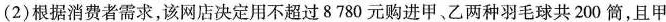
(2)根据消费者需求，该网店决定用不超过8780元购进甲、乙两种羽毛球共200筒，且甲